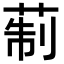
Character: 𦲟